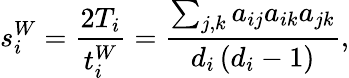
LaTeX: s_{i}^{W}=\frac{2T_{i}}{t_{i}^{W}}=\frac{\sum_{j,k}a_{ij}a_{ik}a_{jk}}{d_{i}\left(d_{i}-1\right)},